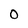
Character: O